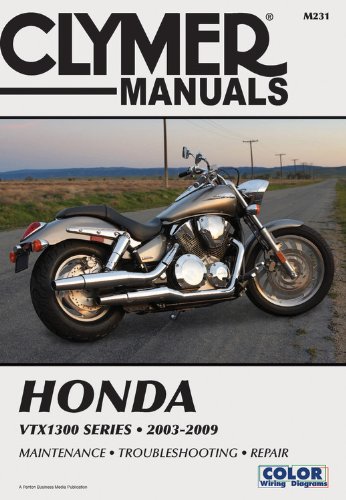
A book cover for Honda VTX1300 Series 2003-2009 (Clymer Motorcycle Repair); Penton Staff; Engineering & Transportation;